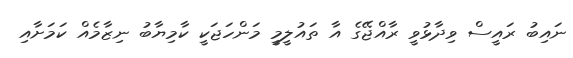
ނައިބު ރައީސް ވިދާޅުވީ ރާއްޖޭގެ އާ ތައުލީމީ މަންހަޖަކީ ކާމިޔާބު ނިޒާމެއް ކަމަށާއި